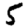
Digit: 5